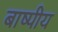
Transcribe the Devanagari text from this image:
बाष्पीय